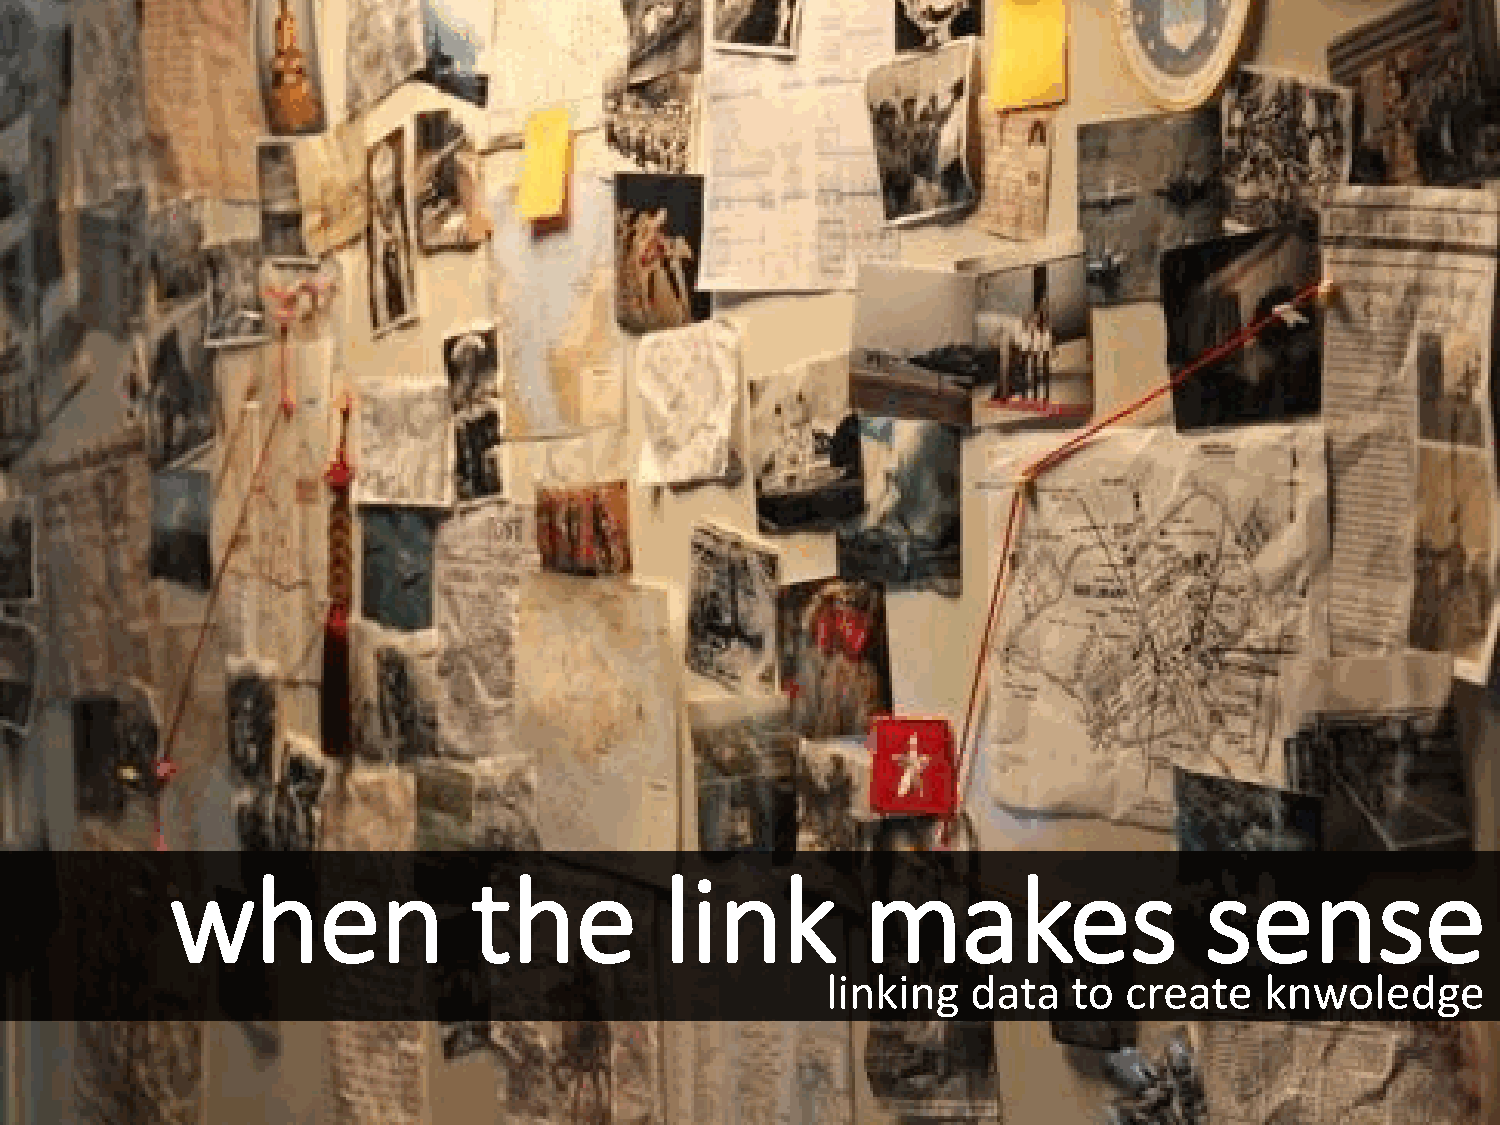
when                the          link         makes                  sense
 linking  data   to create    knwoledge